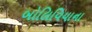
બોલિવિયાના